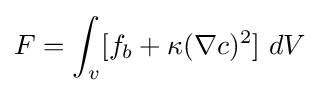
F=\int _{v}[f_{b}+\kappa (\nabla c)^{2}]~dV